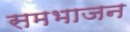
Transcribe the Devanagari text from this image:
समभाजन